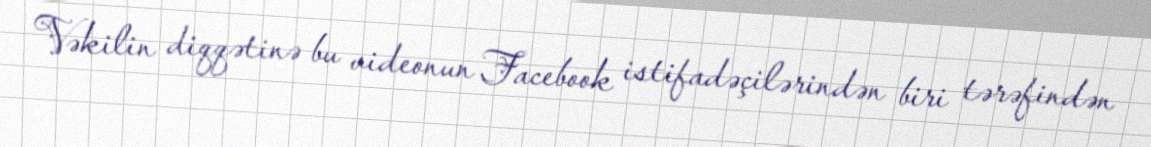
Vəkilin diqqətinə bu videonun Facebook istifadəçilərindən biri tərəfindən